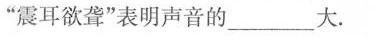
”震耳欲聋”表明声音的___大。